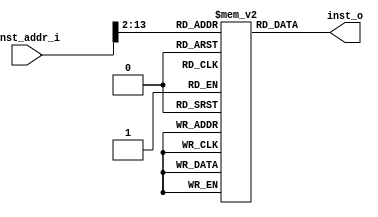
module rom(
    input wire[31:0] inst_addr_i,
    output reg[31:0] inst_o
);

    reg[31:0] rom_mem[0:4095]; // 2^{12}=409632b

    always @(*) begin
        //reg always
         inst_o = rom_mem[inst_addr_i>>2]; // inst_addr_iPC+4
    end
endmodule